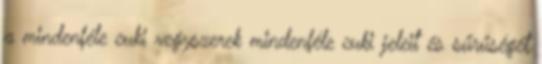
a mindenféle cuki vegyszerek mindenféle cuki jeleit és sűrűségét